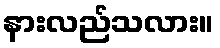
နားလည်သလား။